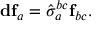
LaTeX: \mathbf { d f } _ { a } = \hat { \sigma } _ { a } ^ { b c } \mathbf { f } _ { b c } .